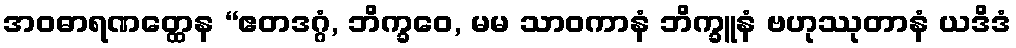
အဝဓာရဏတ္ထေန “ဧတဒဂ္ဂံ, ဘိက္ခဝေ, မမ သာဝကာနံ ဘိက္ခူနံ ဗဟုဿုတာနံ ယဒိဒံ